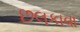
છલકાવા